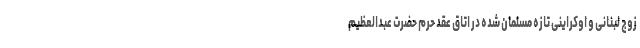
زوج لبنانی و اوکراینی تازه مسلمان شده در اتاق عقد حرم حضرت عبدالعظیم